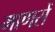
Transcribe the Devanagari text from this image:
माणसें